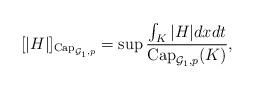
LaTeX: \begin{align*} [|H|]_{\operatorname{Cap}_{\mathcal{G}_1,p}} =\sup\frac{\int_{K}|H|dxdt}{\operatorname{Cap}_{\mathcal{G}_1,p}(K)}, \end{align*}